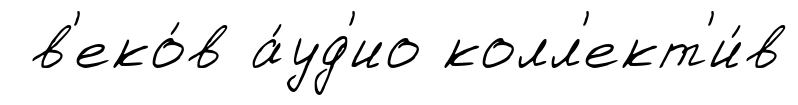
в'еко́в а́уд'ио колл'ект'и́в